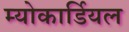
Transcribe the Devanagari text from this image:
म्योकार्डियल